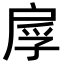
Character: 𫼍